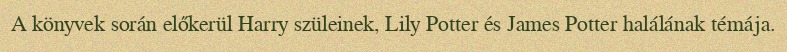
A könyvek során előkerül Harry szüleinek, Lily Potter és James Potter halálának témája.